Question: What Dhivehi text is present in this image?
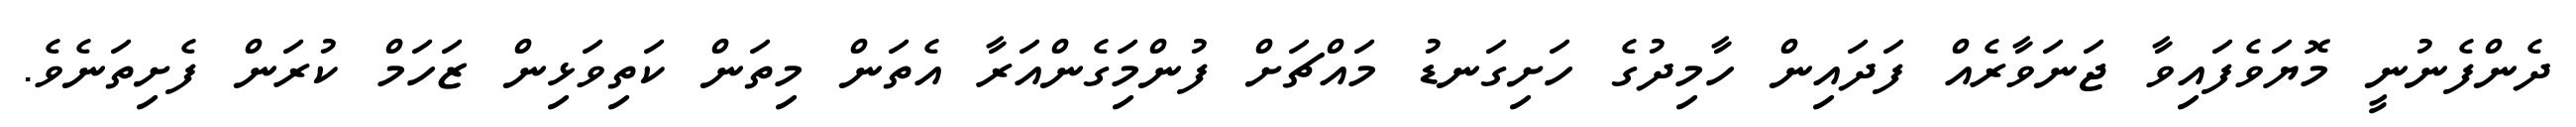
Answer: ދެންފެނުނީ މޮޔަވެފައިވާ ޖަނަވާރެއް ފަދައިން ހާމިދުގެ ހަށިގަނޑު މައްޗަށް ފުންމަިގެންއަރާ އެތަން މިތަން ކަތިވަޅިން ޒަހަމް ކުރަން ފެށިތަނެވެ.